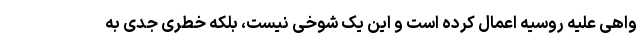
واهی علیه روسیه اعمال کرده است و این یک شوخی نیست، بلکه خطری جدی به